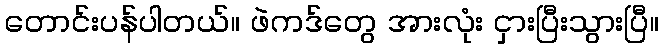
တောင်းပန်ပါတယ်။ ဖဲကဒ်တွေ အားလုံး ငှားပြီးသွားပြီ။